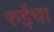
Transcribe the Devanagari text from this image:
रुईचा